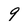
Character: 9